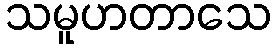
သမူဟတာသေ